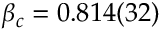
\beta _ { c } = 0 . 8 1 4 ( 3 2 )